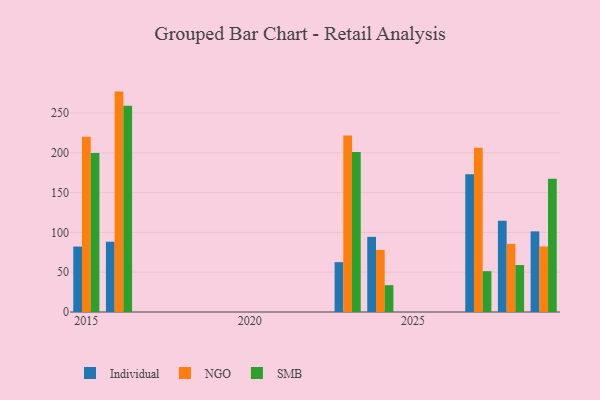
{"axis": {"x": "Year", "y": "Customer Acquisition Cost (USD)"}, "legend": ["Individual", "NGO", "SMB"], "data": [{"x": "2016", "y": 88.3, "type": "Individual"}, {"x": "2016", "y": 276.9, "type": "NGO"}, {"x": "2016", "y": 259.2, "type": "SMB"}, {"x": "2029", "y": 101.3, "type": "Individual"}, {"x": "2029", "y": 82.3, "type": "NGO"}, {"x": "2029", "y": 167.4, "type": "SMB"}, {"x": "2024", "y": 94.4, "type": "Individual"}, {"x": "2024", "y": 78.0, "type": "NGO"}, {"x": "2024", "y": 33.7, "type": "SMB"}, {"x": "2023", "y": 62.6, "type": "Individual"}, {"x": "2023", "y": 221.7, "type": "NGO"}, {"x": "2023", "y": 201.1, "type": "SMB"}, {"x": "2027", "y": 173.1, "type": "Individual"}, {"x": "2027", "y": 206.2, "type": "NGO"}, {"x": "2027", "y": 51.3, "type": "SMB"}, {"x": "2028", "y": 114.6, "type": "Individual"}, {"x": "2028", "y": 85.6, "type": "NGO"}, {"x": "2028", "y": 59.0, "type": "SMB"}, {"x": "2015", "y": 82.2, "type": "Individual"}, {"x": "2015", "y": 220.1, "type": "NGO"}, {"x": "2015", "y": 199.7, "type": "SMB"}]}